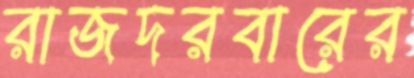
রাজদরবারের